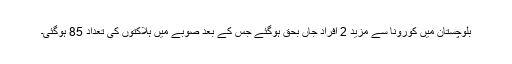
بلوچستان میں کورونا سے مزید 2 افراد جاں بحق ہوگئے جس کے بعد صوبے میں ہلاکتوں کی تعداد 85 ہوگئی۔